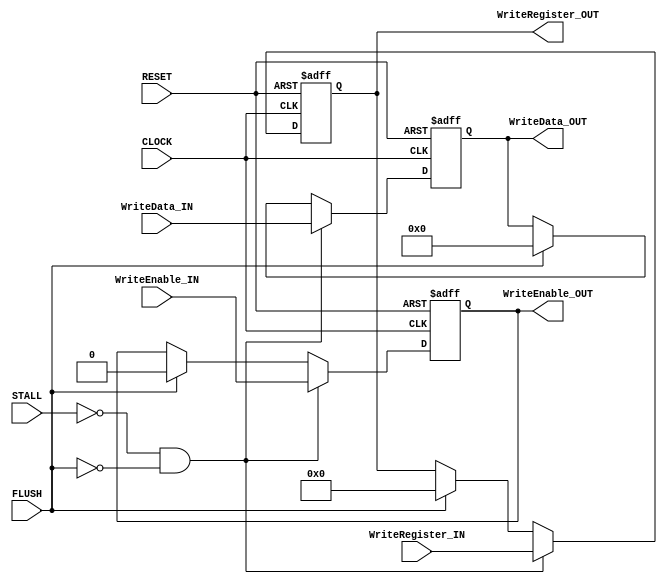
module MEMWB(

	//MODULE INPUTS
	
		//SYSTEM --> MEM/WB
		input CLOCK,
		input RESET,

		//HAZARD --> MEM/WB
		input STALL,
		input FLUSH,

		//MEM --> MEM/WB
		input [31:0] 	WriteData_IN,

		//EXE/MEM --> MEM/WB
		input [4:0] 	WriteRegister_IN,
		input 		WriteEnable_IN,

	//MODULE OUTPUTS

		//MEM/WB --> ID
		output [31:0] 	WriteData_OUT,
		output [4:0]  	WriteRegister_OUT,
		output 		WriteEnable_OUT

);

//PIPELINE REGISTERS
reg [31:0] 	WriteData;
reg [4:0]  	WriteRegister;
reg 		WriteEnable;

//ASSIGN OUTPUTS TO PIPELINE REGISTERS
assign WriteData_OUT 		= WriteData;
assign WriteRegister_OUT 	= WriteRegister;
assign WriteEnable_OUT 		= WriteEnable;

//WHEN CLOCK RISES OR RESET FALLS
always @(posedge CLOCK or negedge RESET) begin

	$display("");
	$display("----- MEM/WB Register -----");
	$display("WriteData:\t\t\t%x", WriteData);
	$display("WriteRegister:\t\t%d", WriteRegister);
	$display("WriteEnable:\t\t%d", WriteEnable);

	//IF RESET IS LOW
	if(!RESET) begin

		//SET PIPELINE REGISTERS TO 0
		WriteData 	<= 0;
		WriteRegister 	<= 0;
		WriteEnable 	<= 0;

	//ELSE IF CLOCK IS HIGH
	end else if(CLOCK) begin

		//IF MODULE IS NOT BEING STALLED AND IS NOT BEING FLUSHED
		if(!STALL && !FLUSH) begin

			//SET PIPELINE REGISTERS TO INPUTS
			WriteData 	<= WriteData_IN;
			WriteRegister 	<= WriteRegister_IN;
			WriteEnable 	<= WriteEnable_IN;

		//ELSE IF MODULE IS BEING FLUSHED
		end else if(FLUSH) begin
	
			//SET PIPELINE REGISTERS TO 0
			WriteData 	<= 0;
			WriteRegister 	<= 0;
			WriteEnable 	<= 0;
	
		// ELSE IF MODULE IS BEING STALLED
		end else if(STALL) begin

			//DO NOTHING

		end

	end

end

endmodule